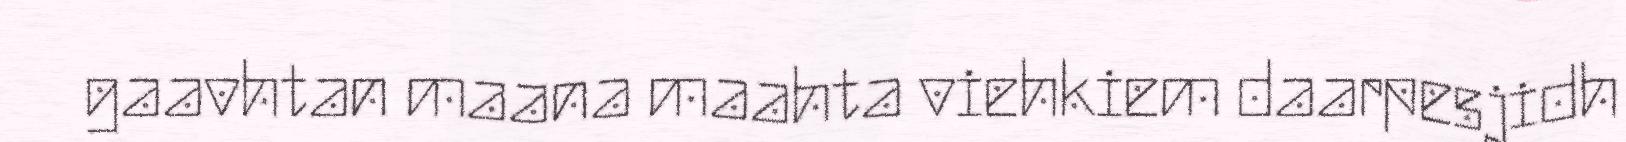
gaavhtan maana maahta viehkiem daarpesjidh